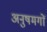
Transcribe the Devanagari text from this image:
अनुषमगों